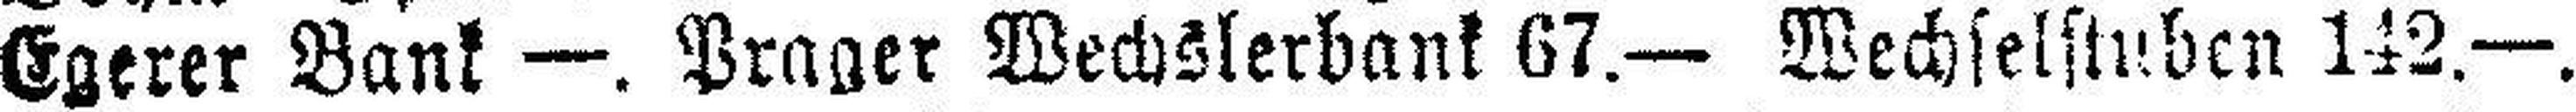
Egerer Bank —. Prager Wechslerbank 67.— Wechselstuben 142.—.